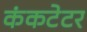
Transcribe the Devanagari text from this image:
कंकटेटर